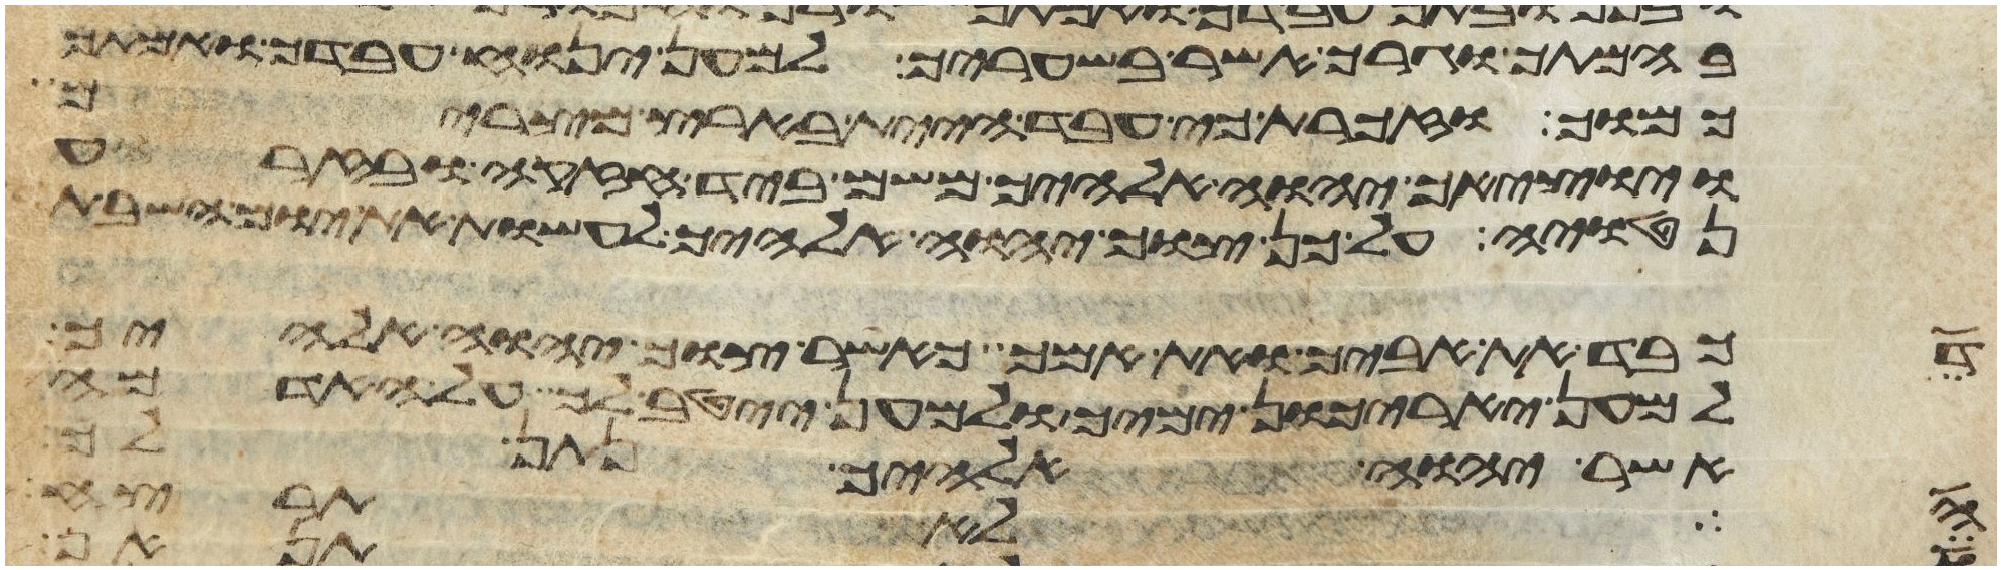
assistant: בהמתך וגרך אשר בשעריך למען ינוח עבדך ואמתך
כמוך וזכרת כי עבד היית בארץ מצרים
ויוציאך יהוה אלהיך משם ביד חזקה ובזרוע
נטויה על כן צוך יהוה אלהיך לעשות את יום השבת
עד
כבד את אביך ואת אמך כאשר צוך יהוה אלהיך
למען יארכון ימיך ולמען ייטב לך על האדמה
אשר יהוה אלהיך נתן לך
מה
אלהים אנשי אמת שנאי בצע